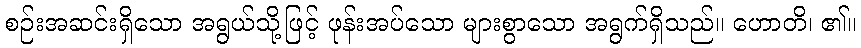
စဉ်းအဆင်းရှိသော အရွယ်သို့ဖြင့် ဖုန်းအပ်သော များစွာသော အရွက်ရှိသည်။ ဟောတိ၊ ၏။